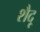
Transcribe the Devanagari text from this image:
शैदू